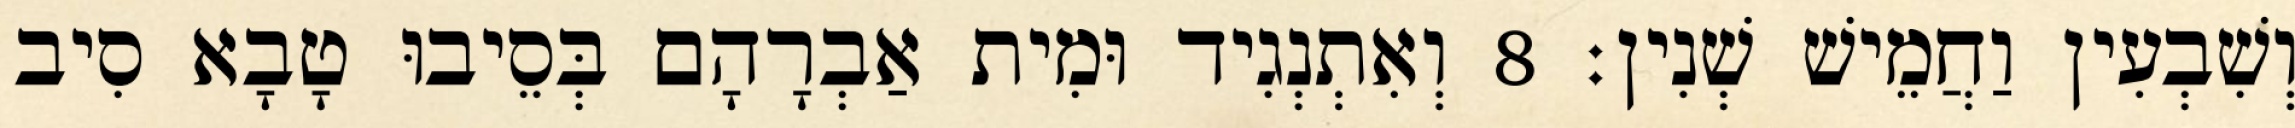
וְשִׁבְעִין וַחֲמֵישׁ שְׁנִין׃ 8 וְאִתְנְגִיד וּמִית אַבְרָהָם בְּסֵיבוּ טָבָא סִיב